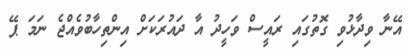
އޭނާ ވިދާޅުވި ގޮތުގައި ރައީސް ވަހީދު އާ ދައުރަކަށް އިންތިހާބުވެއްޖެ ނަމަ ޕޭ